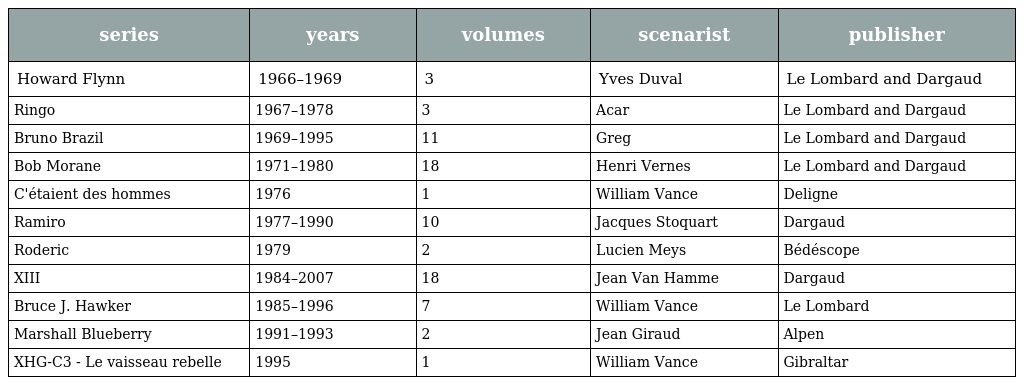
| series | years | volumes | scenarist | publisher |
 | --- | --- | --- | --- | --- |
 | Howard Flynn | 1966–1969 | 3 | Yves Duval | Le Lombard and Dargaud |
 | Ringo | 1967–1978 | 3 | Acar | Le Lombard and Dargaud |
 | Bruno Brazil | 1969–1995 | 11 | Greg | Le Lombard and Dargaud |
 | Bob Morane | 1971–1980 | 18 | Henri Vernes | Le Lombard and Dargaud |
 | C'étaient des hommes | 1976 | 1 | William Vance | Deligne |
 | Ramiro | 1977–1990 | 10 | Jacques Stoquart | Dargaud |
 | Roderic | 1979 | 2 | Lucien Meys | Bédéscope |
 | XIII | 1984–2007 | 18 | Jean Van Hamme | Dargaud |
 | Bruce J. Hawker | 1985–1996 | 7 | William Vance | Le Lombard |
 | Marshall Blueberry | 1991–1993 | 2 | Jean Giraud | Alpen |
 | XHG-C3 - Le vaisseau rebelle | 1995 | 1 | William Vance | Gibraltar |